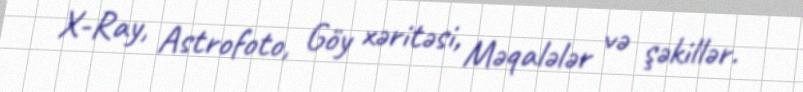
X-Ray, Astrofoto, Göy xəritəsi, Məqalələr və şəkillər.